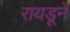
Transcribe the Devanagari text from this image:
रायडूने